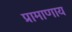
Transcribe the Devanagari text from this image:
प्रामाणाय